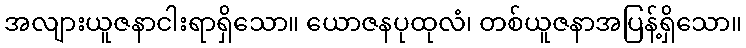
အလျားယူဇနာငါးရာရှိသော။ ယောဇနပုထုလံ၊ တစ်ယူဇနာအပြန့်ရှိသော။